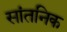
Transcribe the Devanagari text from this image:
सांतनिक